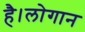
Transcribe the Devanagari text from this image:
है।लोगान